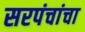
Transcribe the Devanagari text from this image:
सरपंचांचा